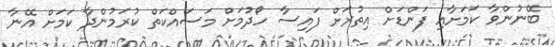
ބޭނުންވާ ކަމަށާއި ފަންޑަށް އިތުރަށް ފައިސާ ހޯދުމަށް މަސައްކަތް ކުރަމުންދާ ކަމަށް އޭނާ